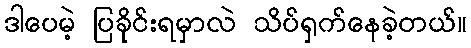
ဒါပေမဲ့ ပြခိုင်းရမှာလဲ သိပ်ရှက်နေခဲ့တယ်။